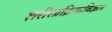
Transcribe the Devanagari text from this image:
शरीरप्रक्रियाविज्ञान